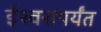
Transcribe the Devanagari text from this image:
ईश्वरापर्यंत